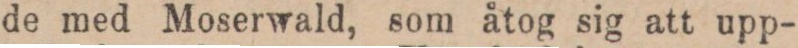
de med Moserwald, som åtog sig att upp-